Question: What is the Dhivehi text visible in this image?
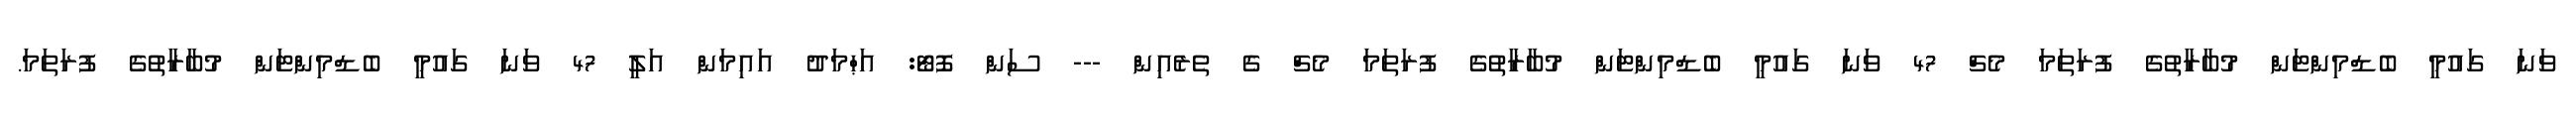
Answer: ވަނަ ގައުމީ ބެޑްމިންޓަން މުބާރާތުގެ ފުރަތަމަ މެޗް 47 ވަނަ ގައުމީ ބެޑްމިންޓަން މުބާރާތުގެ ފުރަތަމަ މެޗް ގެ ތެރެއިން --- ސަން ފޮޓޯ: އަޙްމަދު އައިމަން އަލީ 47 ވަނަ ގައުމީ ބެޑްމިންޓަން މުބާރާތުގެ ފުރަތަމަ.